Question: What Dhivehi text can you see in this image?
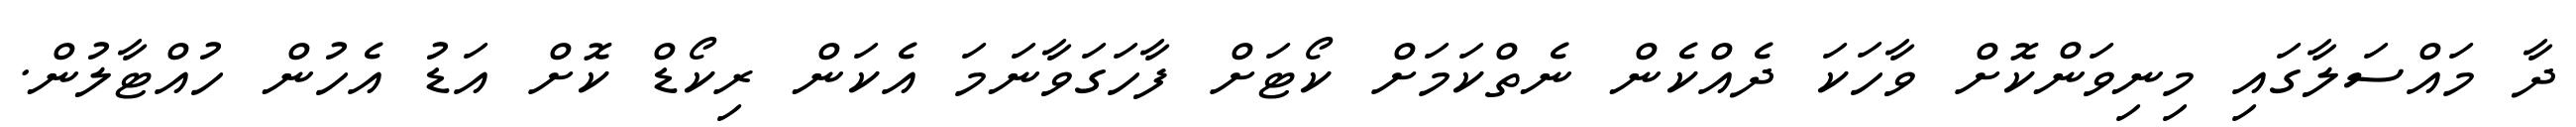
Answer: ދާ މައްސަލާގައި މިނިވަންކޮށް ވާހަކަ ދެއްކެން ނެތްކަމަށް ކޯޓަށް ފާހަގަވާނަމަ އެކަން ރިކޯޑް ކޮށް އަޑު އެހުން ހުއްޓާލުން.